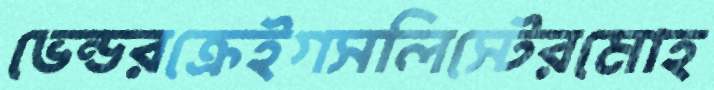
ভেন্ডরক্রেইগসলিস্টেরমোহ